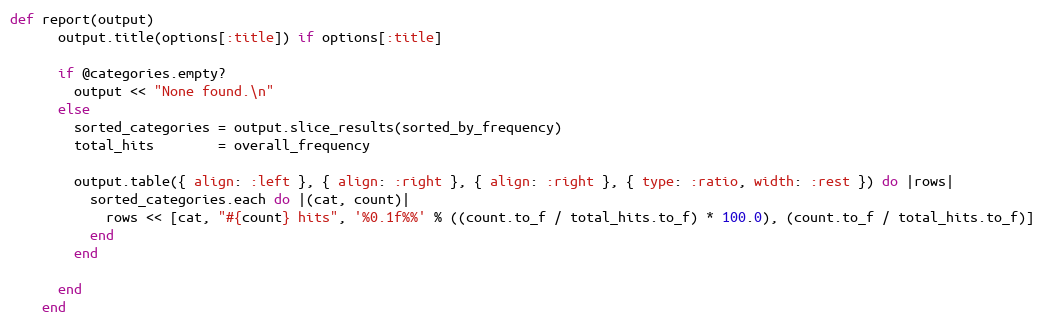
Language: Ruby
def report(output)
      output.title(options[:title]) if options[:title]

      if @categories.empty?
        output << "None found.\n"
      else
        sorted_categories = output.slice_results(sorted_by_frequency)
        total_hits        = overall_frequency

        output.table({ align: :left }, { align: :right }, { align: :right }, { type: :ratio, width: :rest }) do |rows|
          sorted_categories.each do |(cat, count)|
            rows << [cat, "#{count} hits", '%0.1f%%' % ((count.to_f / total_hits.to_f) * 100.0), (count.to_f / total_hits.to_f)]
          end
        end

      end
    end